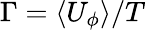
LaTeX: \Gamma=\langle U_{\phi}\rangle/T